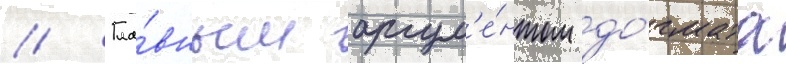
// Гла́вным аргум'е́нтом до́гмата